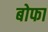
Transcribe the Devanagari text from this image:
बोफा